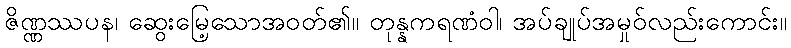
ဇိဏ္ဏဿပန၊ ဆွေးမြေ့သောအဝတ်၏။ တုန္နကရဏံဝါ၊ အပ်ချုပ်အမှုဝ်လည်းကောင်း။